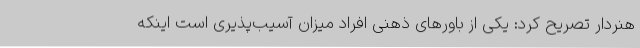
هنردار تصریح کرد: یکی از باورهای ذهنی افراد میزان آسیب‌پذیری است اینکه